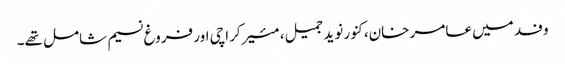
وفد میں عامر خان، کنور نوید جمیل، مئیرکراچی اور فروغ نسیم شامل تھے۔